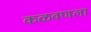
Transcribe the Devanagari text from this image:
कळवणला